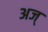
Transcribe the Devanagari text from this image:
अज्